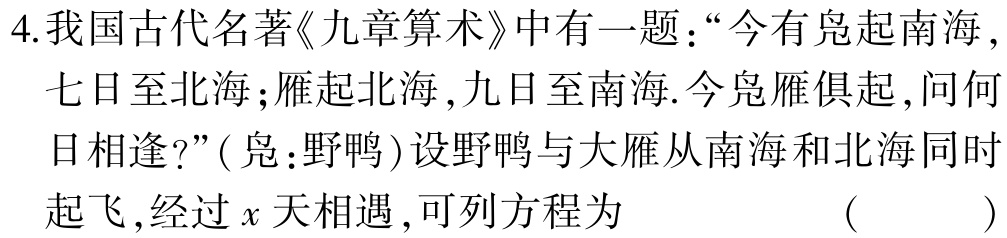
4.我国古代名著《九章算术》中有一题：“今有凫起南海，七日至北海；雁起北海，九日至南海.今凫雁俱起，问何日相逢?”(凫：野鸭)设野鸭与大雁从南海和北海同时起飞，经过\(x\)天相遇，可列方程为 （ ）